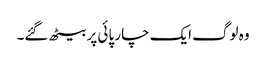
وہ لوگ ایک چار پائی پر بیٹھ گئے۔